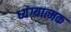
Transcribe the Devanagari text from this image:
ध्यंग्यात्मक